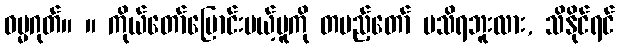
ဓမ္မဂုတ်။ ။ ကိုယ်တော်ပြောင်းမယ့်မူကို တပည့်တော် မသိရဘူးလား, သိနိုင်ရင်